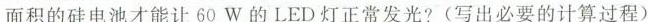
面积的硅电池才能让60W的LED灯正常发光?(写出必要的计算过程)